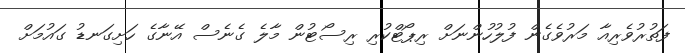
ފަތުރުވެރިއާ މަރުވެގެން ފުލުހުންނަށް ރިޕޯޓްކުރި ރިސޯޓުން މާލެ ގެނެސް އޭނާގެ ހަށިގަނޑު ގައުމަށް